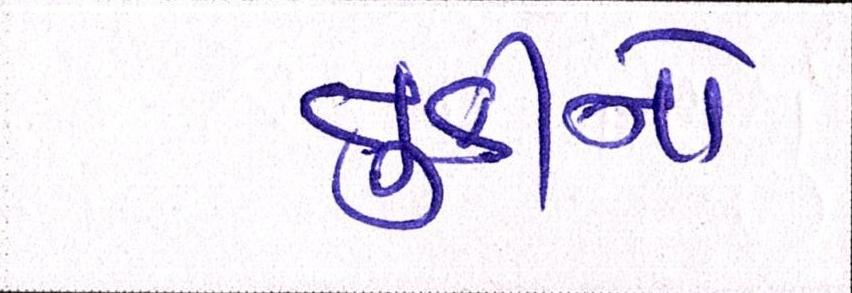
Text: તુર્કીનો